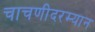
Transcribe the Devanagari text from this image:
चाचणीदरम्यान